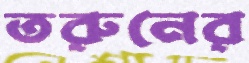
তরুনের